Indian Medical Review
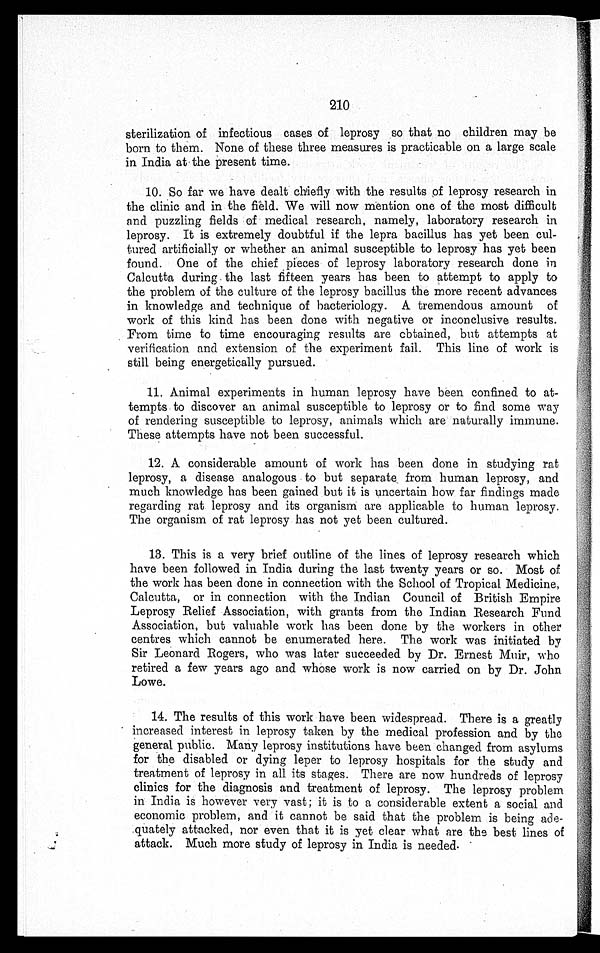
210
sterilization of infectious cases of leprosy so that no children may be
born to them. None of these three measures is practicable on a large scale
in India at the present time.
10. So far we have dealt chiefly with the results of leprosy research in
the clinic and in the field. We will now mention one of the most difficult
and puzzling fields of medical research, namely, laboratory research in
leprosy. It is extremely doubtful if the lepra bacillus has yet been cul
-tured artificially or whether an animal susceptible to leprosy has yet been
found. One of the chief pieces of leprosy laboratory research done in
Calcutta during the last fifteen years has been to attempt to apply to
the problem of the culture of the leprosy bacillus the more recent advances
in knowledge and technique of bacteriology. A tremendous amount of
work of this kind has been done with negative or inconclusive results.
From time to time encouraging results are obtained, but attempts at
verification and extension of the experiment fail. This line of work is
still being energetically pursued.
11. Animal experiments in human leprosy have been confined to at
-tempts to discover an animal susceptible to leprosy or to find some way
of rendering susceptible to leprosy, animals which are naturally immune.
These attempts have not been successful.
12. A considerable amount of work has been done in studying rat
leprosy, a disease analogous to but separate from human leprosy, and
much knowledge has been gained but it is uncertain how far findings made
regarding rat leprosy and its organism are applicable to human leprosy.
The organism of rat leprosy has not yet been cultured.
13. This is a very brief outline of the lines of leprosy research which
have been followed in India during the last twenty years or so. Most of
the work has been done in connection with the School of Tropical Medicine,
Calcutta, or in connection with the Indian Council of British Empire
Leprosy Relief Association, with grants from the Indian Research Fund
Association, but valuable work has been done by the workers in other
centres which cannot be enumerated here. The work was initiated by
Sir Leonard Rogers, who was later succeeded by Dr. Ernest Muir, who
retired a few years ago and whose work is now carried on by Dr. John
Lowe.
14. The results of this work have been widespread. There is a greatly
increased interest in leprosy taken by the medical profession and by the
general public. Many leprosy institutions have been changed from asylums
for the disabled or dying leper to leprosy hospitals for the study and
treatment of leprosy in all its stages. There are now hundreds of leprosy
clinics for the diagnosis and treatment of leprosy. The leprosy problem
in India is however very vast; it is to a considerable extent a social and
economic problem, and it cannot be said that the problem is being ade
-quately attacked, nor even that it is yet clear what are the best lines of
attack. Much more study of leprosy in India is needed.